38_143685_box7_Incident_Summaries_1-100
Agency: Department of War
Page 146
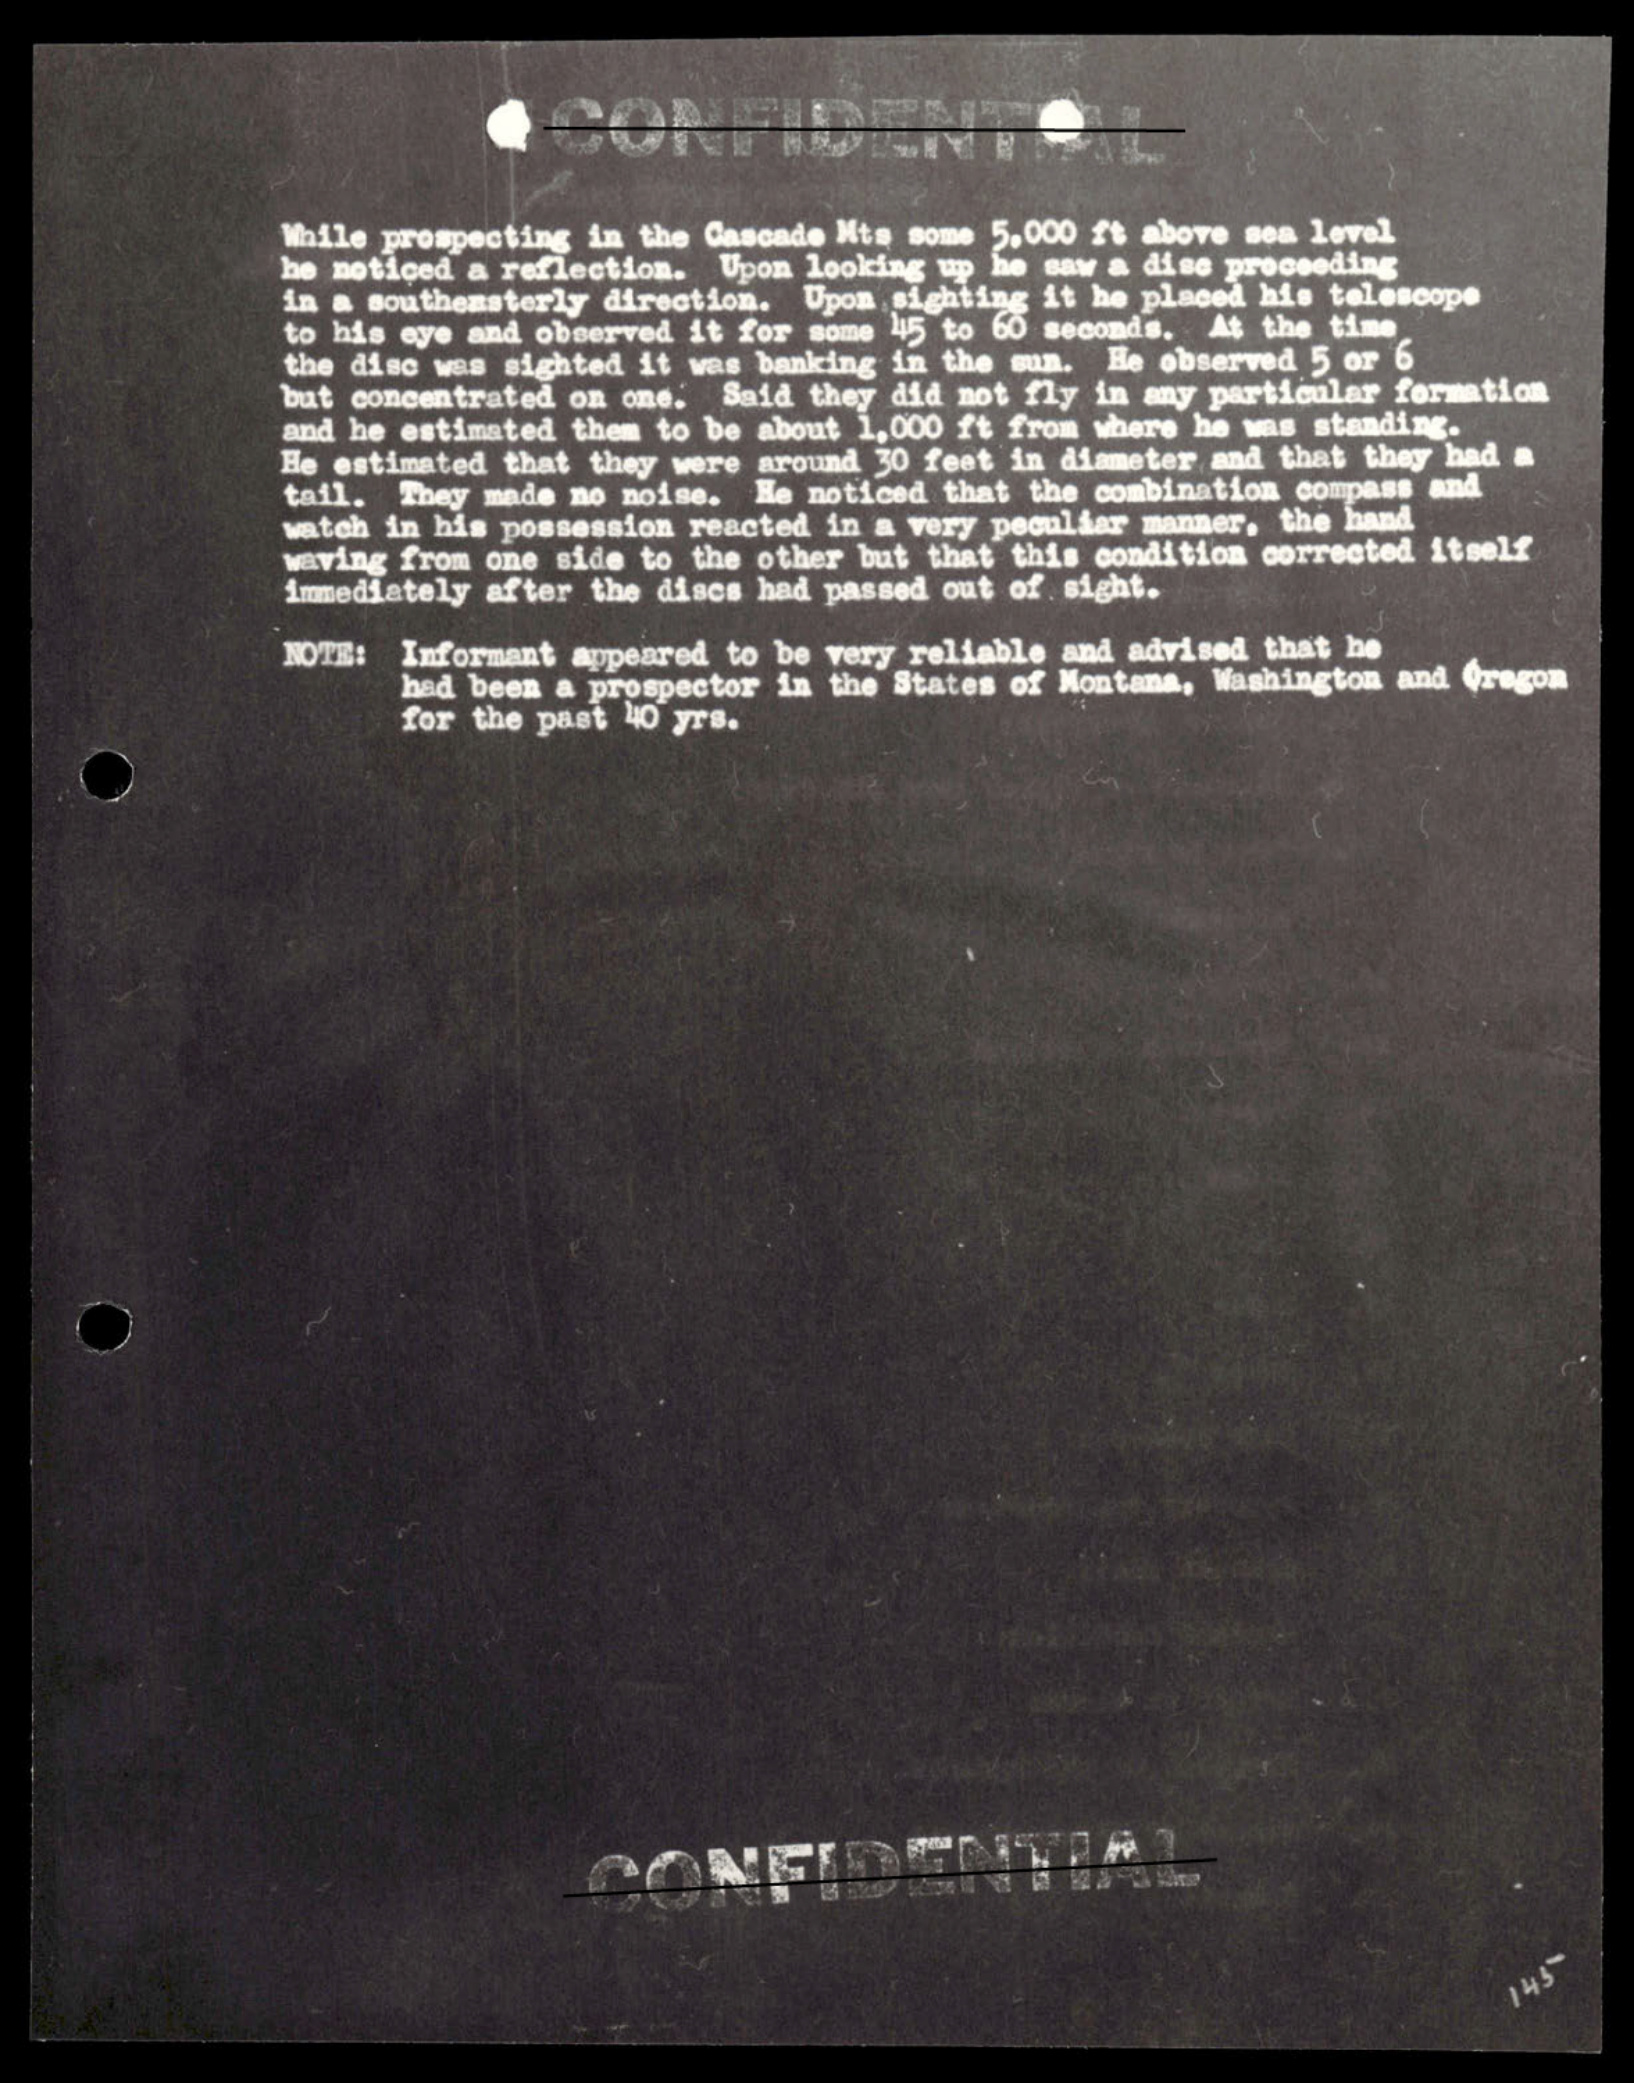